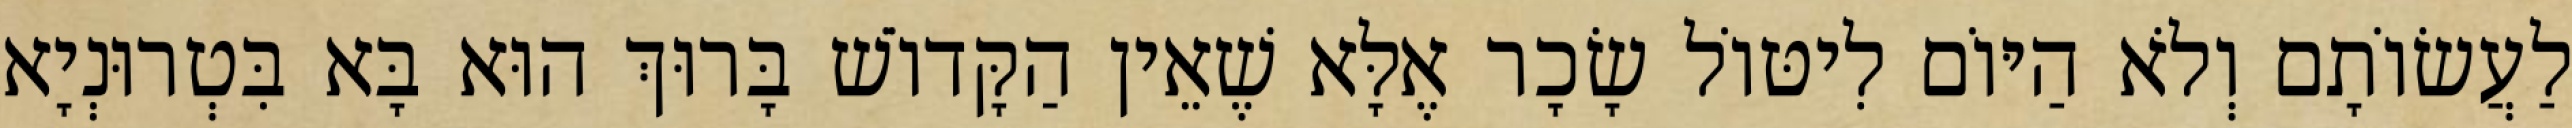
לַעֲשׂוֹתָם וְלֹא הַיּוֹם לִיטּוֹל שָׂכָר אֶלָּא שֶׁאֵין הַקָּדוֹשׁ בָּרוּךְ הוּא בָּא בִּטְרוּנְיָא